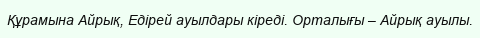
Құрамына Айрық, Едірей ауылдары кіреді. Орталығы – Айрық ауылы.